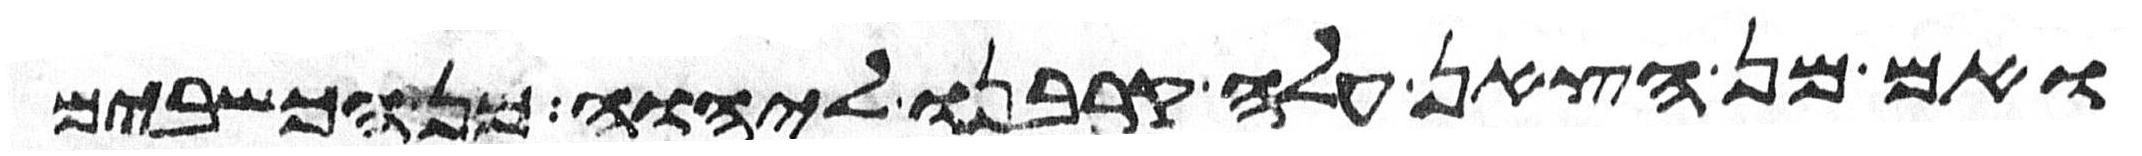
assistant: ואם מן הצאן עלה קרבנו ליהוה מן הכשבים